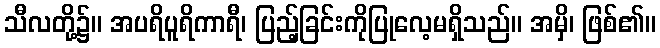
သီလတို့၌။ အပရိပူရိကာရီ၊ ပြည့်ခြင်းကိုပြုလေ့မရှိသည်။ အမှိ၊ ဖြစ်၏။